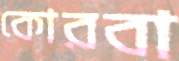
কোরবা